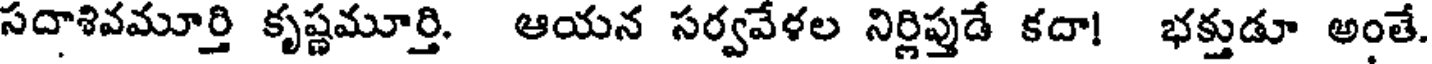
సదాశివమూర్తి కృష్ణమూర్తి. ఆయన సర్వవేళల నిర్లిప్తుడే కదా! భక్తుడూ అంతే.